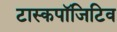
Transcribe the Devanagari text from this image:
टास्कपॉजिटिव